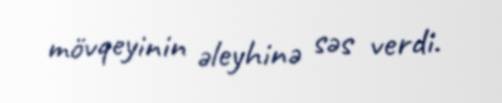
mövqeyinin əleyhinə səs verdi.